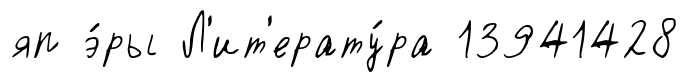
яп э́ры Л'ит'ерату́ра 13941428